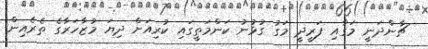
ޗާންދަނީ މަގާއި ފަރީދީ މަގު ގުޅުނު ކަންމަތީގައި ކުރިއަށް ދިޔަ މުޒާހަރާގެ ތެރެއިން